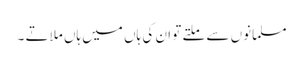
مسلمانوں سے ملتے تو ان کی ہاں میں ہاں ملاتے ۔